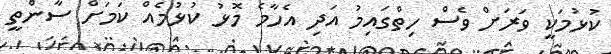
ކުޅުމަކީ ވަރަށް ވެސް ހިތްގައިމު އަދި އެހާމެ މޮޅު ކުޅުމެއް ކަމަށް ސާންތީ